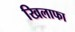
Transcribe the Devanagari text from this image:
खिलाफा